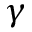
\gamma